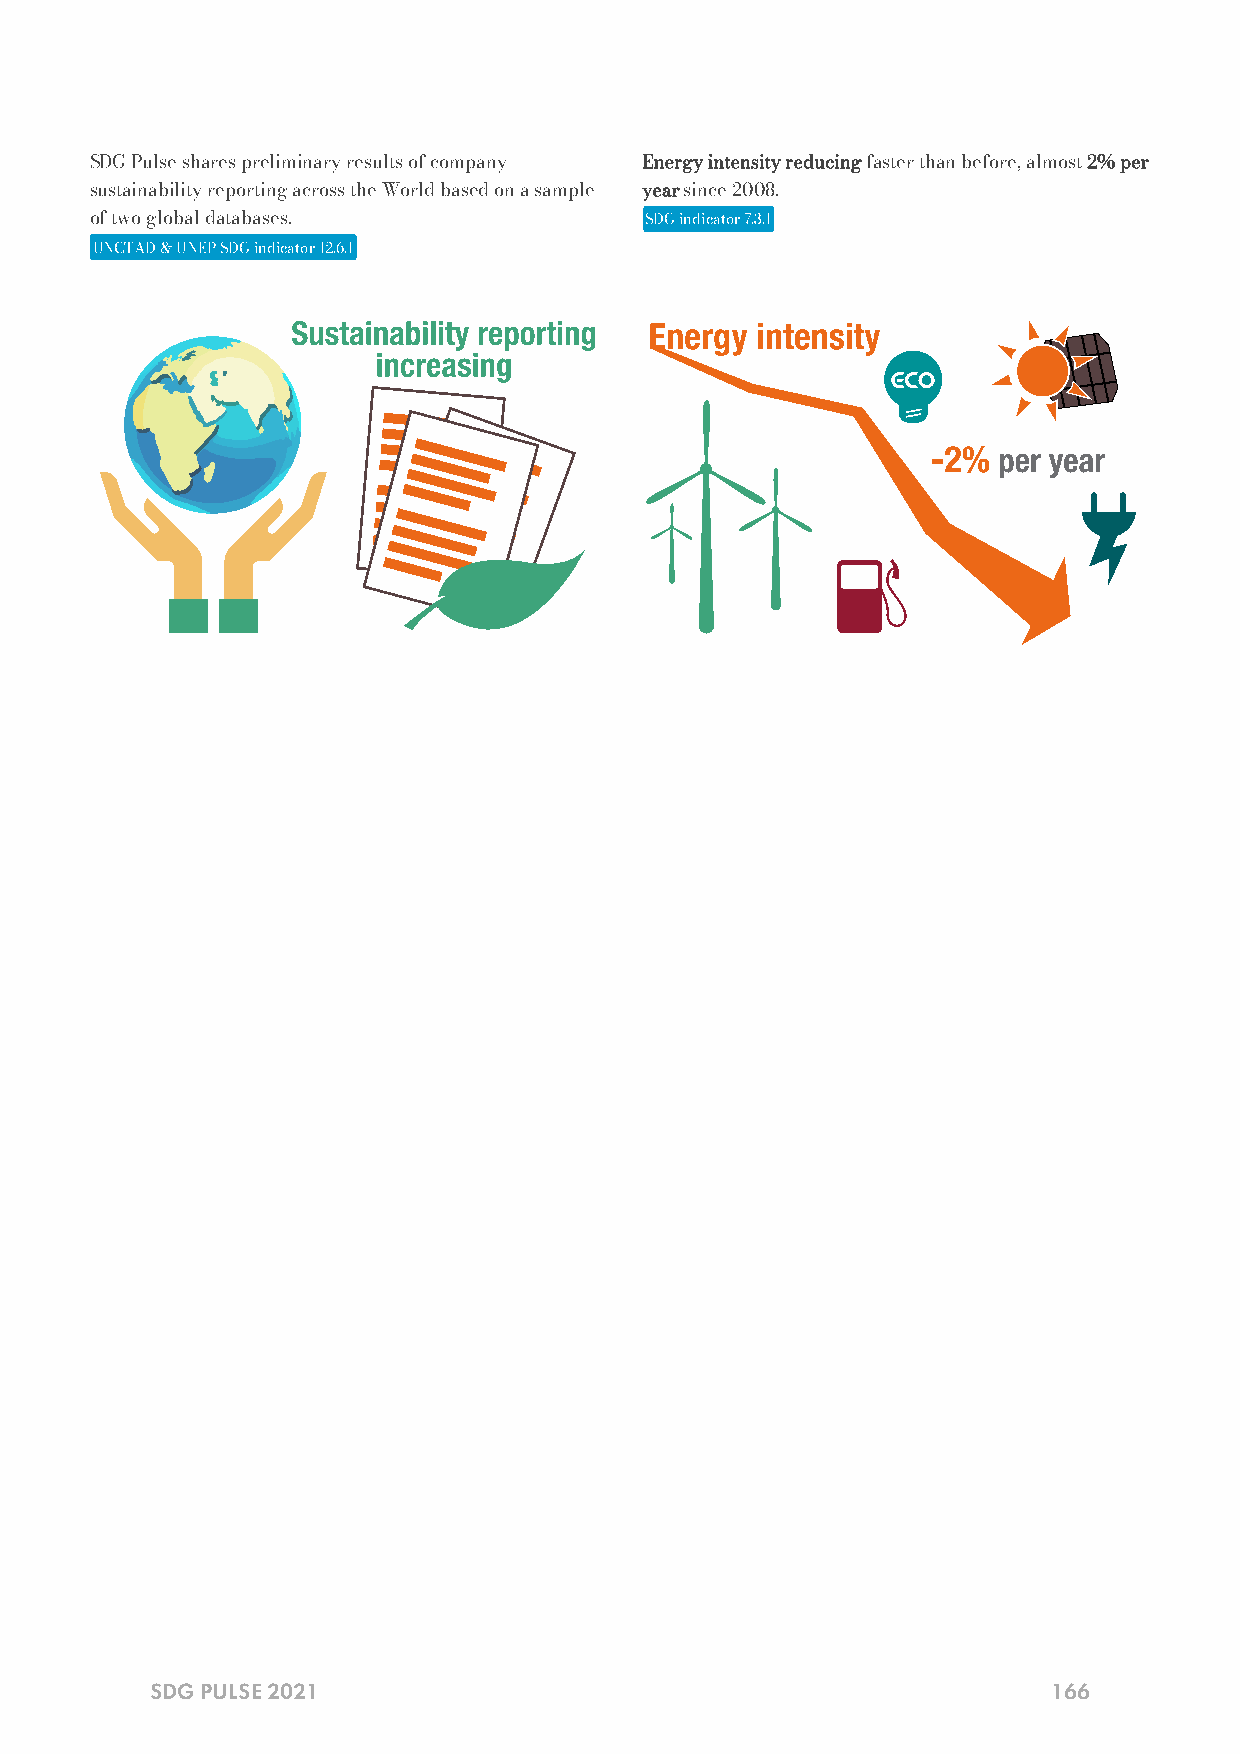
SDG Pulse shares preliminary results of company Energy intensity reducing faster than before, almost 2% per
 sustainability reporting across the World based on a sample year since 2008.
 of two global databases.             SDG indicator 7.3.1
 UNCTAD & UNEP SDG indicator 12.6.1
 SDG PULSE 2021                                              166